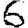
Digit: 6